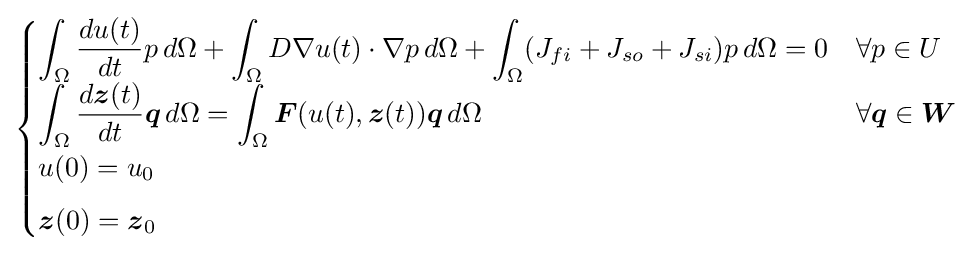
{\begin{cases}\displaystyle \int _{\Omega }{\frac {du(t)}{dt}}p\,d\Omega +\int _{\Omega }D\nabla u(t)\cdot \nabla p\,d\Omega +\int _{\Omega }(J_{fi}+J_{so}+J_{si})p\,d\Omega =0&\forall p\in U\\[5pt]\displaystyle \int _{\Omega }{\frac {d{\boldsymbol {z}}(t)}{dt}}{\boldsymbol {q}}\,d\Omega =\int _{\Omega }{\boldsymbol {F}}(u(t),{\boldsymbol {z}}(t)){\boldsymbol {q}}\,d\Omega &\forall {\boldsymbol {q}}\in {\boldsymbol {W}}\\[5pt]u(0)=u_{0}\\[5pt]{\boldsymbol {z}}(0)={\boldsymbol {z}}_{0}\end{cases}}